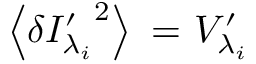
\left\langle { \delta { { I } _ { { \lambda _ { i } } } ^ { \prime } } } ^ { 2 } \right\rangle \mathrm { ~ = ~ } { { V } _ { { \lambda _ { i } } } ^ { \prime } }